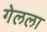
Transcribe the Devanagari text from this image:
गेलला